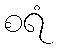
စရံ